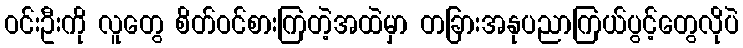
ဝင်းဦးကို လူတွေ စိတ်ဝင်စားကြတဲ့အထဲမှာ တခြားအနုပညာကြယ်ပွင့်တွေလိုပဲ